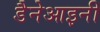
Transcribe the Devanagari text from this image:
डैनेआइनी